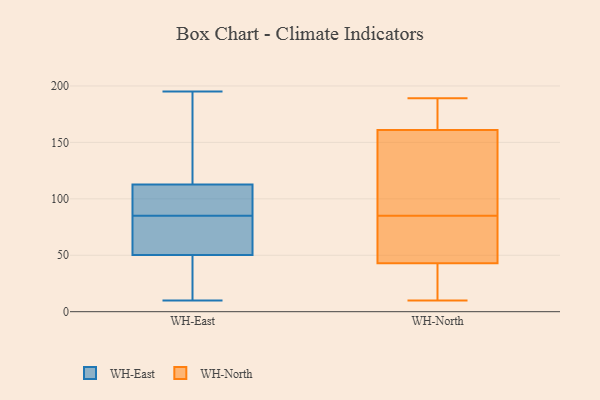
{"axis": {"x": "Active Users", "y": "Value"}, "legend": ["WH-East", "WH-North"], "data": [{"x": "", "y": 101, "type": "WH-East"}, {"x": "", "y": 10, "type": "WH-East"}, {"x": "", "y": 51, "type": "WH-East"}, {"x": "", "y": 109, "type": "WH-East"}, {"x": "", "y": 63, "type": "WH-East"}, {"x": "", "y": 50, "type": "WH-East"}, {"x": "", "y": 62, "type": "WH-East"}, {"x": "", "y": 78, "type": "WH-East"}, {"x": "", "y": 11, "type": "WH-East"}, {"x": "", "y": 112, "type": "WH-East"}, {"x": "", "y": 18, "type": "WH-East"}, {"x": "", "y": 30, "type": "WH-East"}, {"x": "", "y": 181, "type": "WH-East"}, {"x": "", "y": 101, "type": "WH-East"}, {"x": "", "y": 85, "type": "WH-East"}, {"x": "", "y": 195, "type": "WH-East"}, {"x": "", "y": 138, "type": "WH-East"}, {"x": "", "y": 193, "type": "WH-East"}, {"x": "", "y": 113, "type": "WH-East"}, {"x": "", "y": 27, "type": "WH-North"}, {"x": "", "y": 92, "type": "WH-North"}, {"x": "", "y": 58, "type": "WH-North"}, {"x": "", "y": 157, "type": "WH-North"}, {"x": "", "y": 189, "type": "WH-North"}, {"x": "", "y": 182, "type": "WH-North"}, {"x": "", "y": 57, "type": "WH-North"}, {"x": "", "y": 114, "type": "WH-North"}, {"x": "", "y": 136, "type": "WH-North"}, {"x": "", "y": 173, "type": "WH-North"}, {"x": "", "y": 73, "type": "WH-North"}, {"x": "", "y": 27, "type": "WH-North"}, {"x": "", "y": 176, "type": "WH-North"}, {"x": "", "y": 36, "type": "WH-North"}, {"x": "", "y": 161, "type": "WH-North"}, {"x": "", "y": 78, "type": "WH-North"}, {"x": "", "y": 43, "type": "WH-North"}, {"x": "", "y": 10, "type": "WH-North"}]}